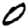
Digit: 0